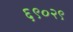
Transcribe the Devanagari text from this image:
६९०२९